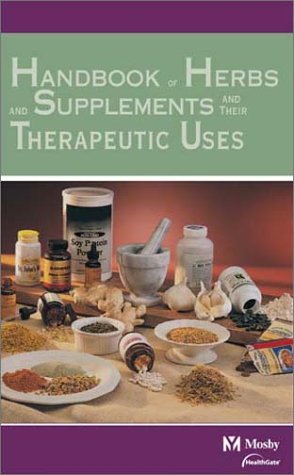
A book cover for Mosby's Handbook of Herbs & Supplements and Their Therapeutic Uses; HealthGate Data Corporation & Mosby; Medical Books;